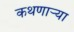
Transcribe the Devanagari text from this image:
कथणाऱ्या